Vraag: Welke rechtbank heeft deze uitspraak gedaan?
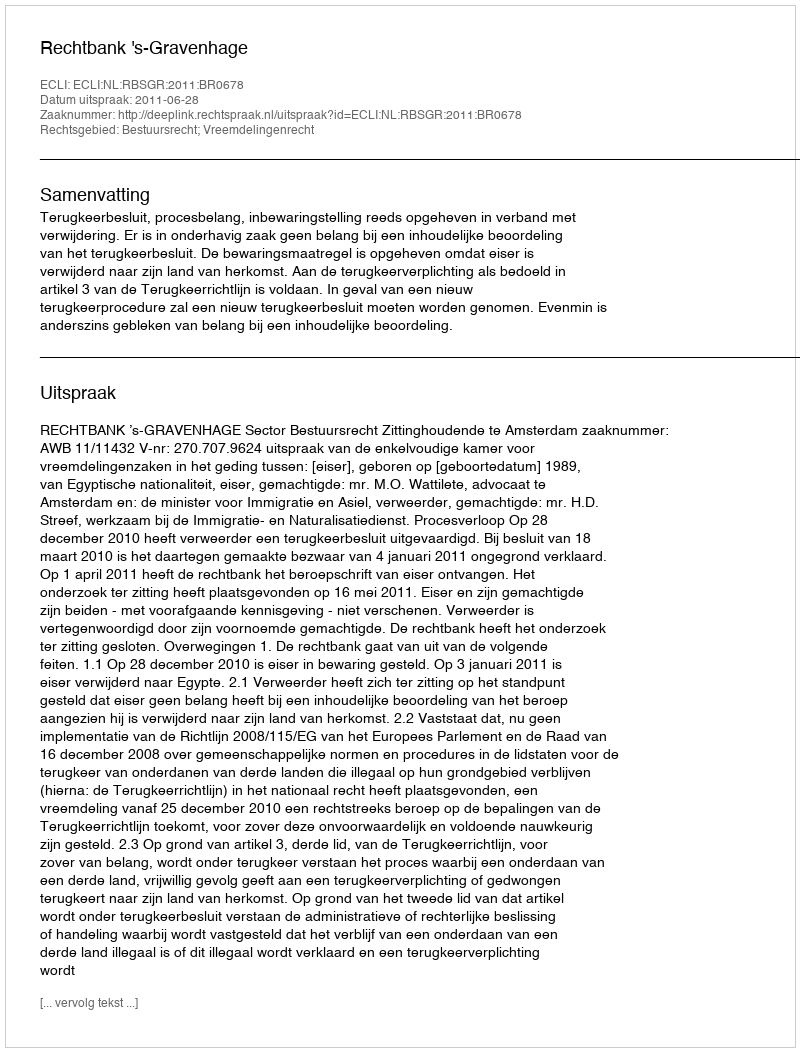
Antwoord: Rechtbank 's-Gravenhage